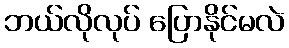
ဘယ်လိုလုပ် ပြောနိုင်မလဲ